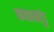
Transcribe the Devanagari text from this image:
काठामांडु